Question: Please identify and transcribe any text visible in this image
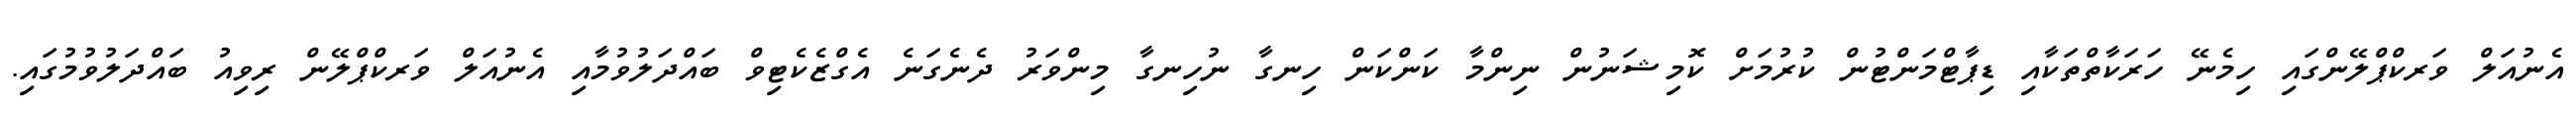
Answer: އެނުއަލް ވަރކްޕްލޭންގައި ހިމެނޭ ހަރަކާތްތަކާއި ޑިޕާޓްމަންޓުން ކުރުމަށް ކޮމިޝަނުން ނިންމާ ކަންކަން ހިނގާ ނުހިނގާ މިންވަރު ދެނެގަނެ އެގްޒެކެޓިވް ބައްދަލުވުމާއި އެނުއަލް ވަރކްޕްލޭން ރިވިއު ބައްދަލުވުމުގައި.